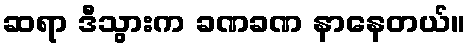
ဆရာ ဒီသွားက ခဏခဏ နာနေတယ်။